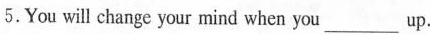
5.You will change your mind when you___up.